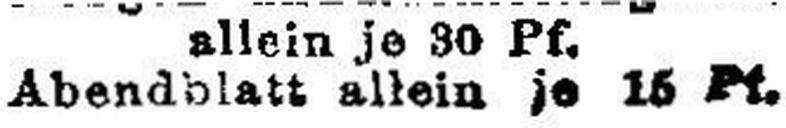
Abendblatt allein je 15 Pf.